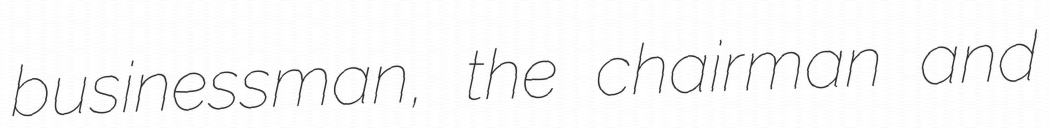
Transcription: businessman, the chairman and